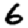
Digit: 6